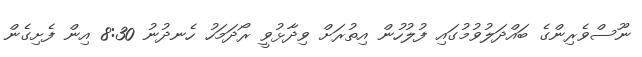
ނޫސްވެރިންގެ ބައްދަލުވުމުގައި ފުލުހުން އިތުރަށް ވިދާޅުވީ ރޯދަމަހު ހެނދުނު 8:30 އިން ފެށިގެން